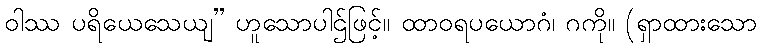
ဝါဿ ပရိယေသေယျ” ဟူသောပါဌ်ဖြင့်။ ထာဝရပယောဂံ၊ ဂကို။ (ရှာထားသော